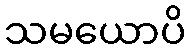
သမယောပိ